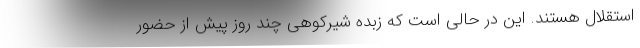
استقلال هستند. این در حالی است که زبده شیرکوهی چند روز پیش از حضور